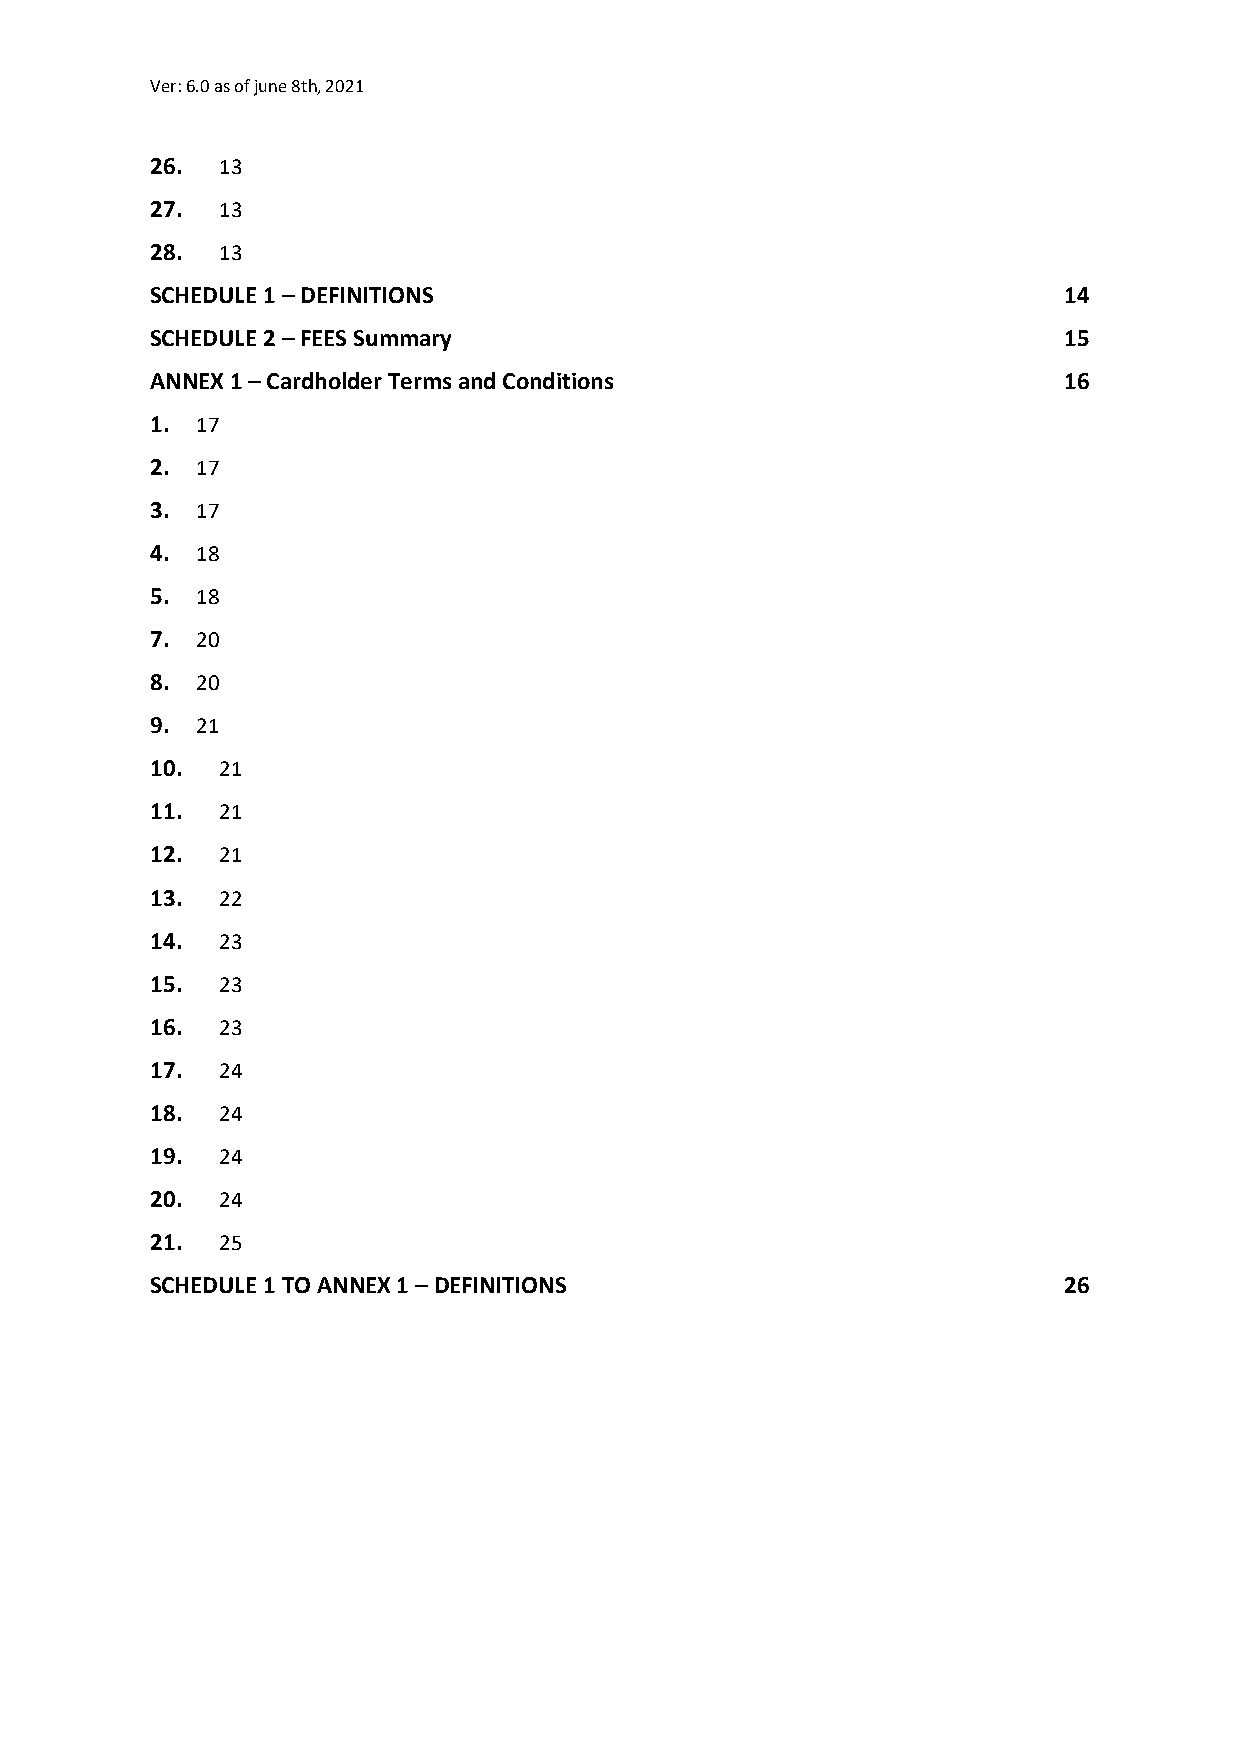
Ver: 6.0 as of june 8th, 2021
 26. 13
 27. 13
 28. 13
 SCHEDULE 1 – DEFINITIONS                                    14
 SCHEDULE 2 – FEES Summary                                   15
 ANNEX 1 – Cardholder Terms and Conditions                   16
 1. 17
 2. 17
 3. 17
 4. 18
 5. 18
 7. 20
 8. 20
 9. 21
 10. 21
 11. 21
 12. 21
 13. 22
 14. 23
 15. 23
 16. 23
 17. 24
 18. 24
 19. 24
 20. 24
 21. 25
 SCHEDULE 1 TO ANNEX 1 – DEFINITIONS                         26